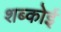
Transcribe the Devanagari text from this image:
शब्कोई